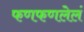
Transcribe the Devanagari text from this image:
फणफणलेलं